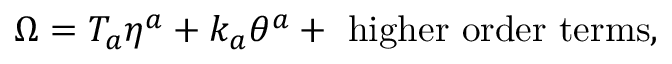
\Omega = T _ { a } \eta ^ { a } + k _ { a } \theta ^ { a } + \mathrm { \ h i g h e r \ o r d e r \ t e r m s } ,